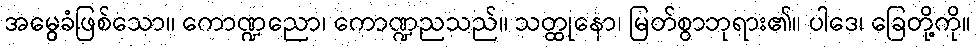
အမွေခံဖြစ်သော။ ကောဏ္ဍညော၊ ကောဏ္ဍညသည်။ သတ္ထုနော၊ မြတ်စွာဘုရား၏။ ပါဒေ၊ ခြေတို့ကို။